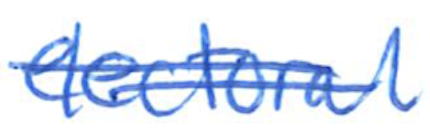
Text: electoral
Cross-out: double-line
Writing tool: ballpoint